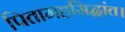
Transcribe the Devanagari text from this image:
पितामहसिद्धांत।